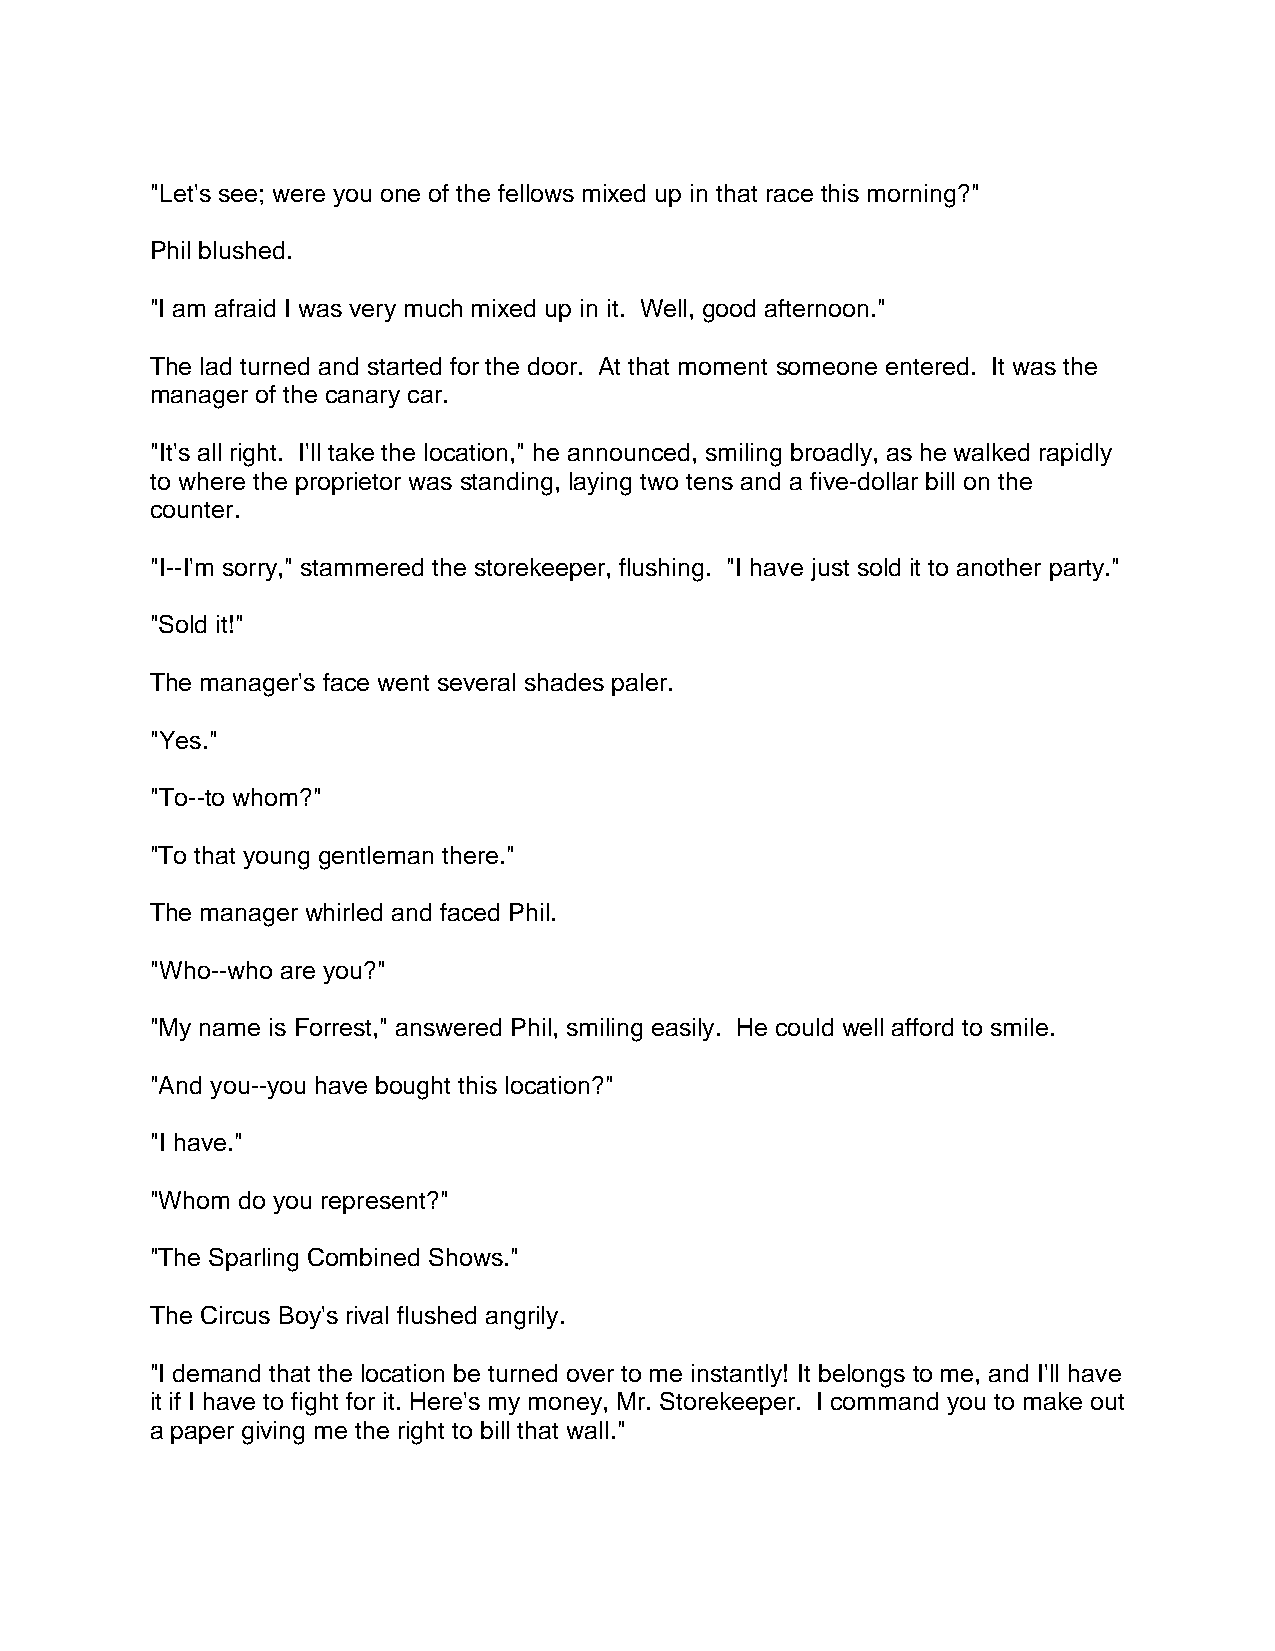
"Let's see; were you one of the fellows mixed up in that race this morning?"
 Phil blushed.
 "I am afraid I was very much mixed up in it. Well, good afternoon."
 The lad turned and started for the door. At that moment someone entered. It was the
 manager of the canary car.
 "It's all right. I'll take the location," he announced, smiling broadly, as he walked rapidly
 to where the proprietor was standing, laying two tens and a five-dollar bill on the
 counter.
 "I--I'm sorry," stammered the storekeeper, flushing. "I have just sold it to another party."
 "Sold it!"
 The manager's face went several shades paler.
 "Yes."
 "To--to whom?"
 "To that young gentleman there."
 The manager whirled and faced Phil.
 "Who--who are you?"
 "My name is Forrest," answered Phil, smiling easily. He could well afford to smile.
 "And you--you have bought this location?"
 "I have."
 "Whom do you represent?"
 "The Sparling Combined Shows."
 The Circus Boy's rival flushed angrily.
 "I demand that the location be turned over to me instantly! It belongs to me, and I'll have
 it if I have to fight for it. Here's my money, Mr. Storekeeper. I command you to make out
 a paper giving me the right to bill that wall."